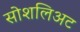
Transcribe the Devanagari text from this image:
सोशलिअट